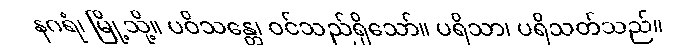
နဂရံ၊ မြို့သို့။ ပဝိသန္တေ၊ ဝင်သည်ရှိသော်။ ပရိသာ၊ ပရိသတ်သည်။